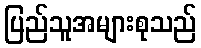
ပြည်သူအများစုသည်